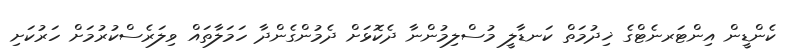
ކެންޑީން އިންޓަރނެޓްގެ ޚިދުމަތް ކަނޑާލީ މުސްލިމުންނާ ދެކޮޅަށް ދެމުންގެންދާ ހަމަލާތައް ވިލަރެސްކުރުމަށް ހަރުކަށި